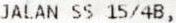
JALAN SS 15/4B,